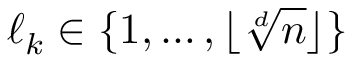
\ell _ { k } \in \{ 1 , \dots , \lfloor \sqrt [ d ] { n } \rfloor \}